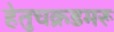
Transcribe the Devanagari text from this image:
हेतुचक्रडमरू